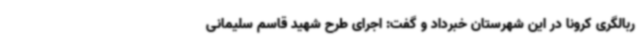
ربالگری کرونا در این شهرستان خبرداد و گفت: اجرای طرح شهید قاسم سلیمانی